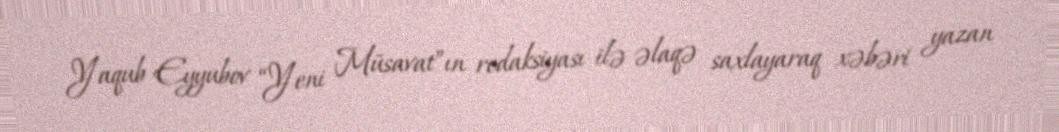
Yaqub Eyyubov “Yeni Müsavat”ın redaksiyası ilə əlaqə saxlayaraq xəbəri yazan